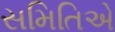
સમિતિએ